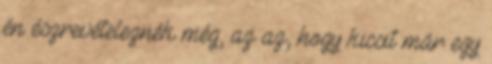
én észrevételeznék még, az az, hogy kicsit már egy